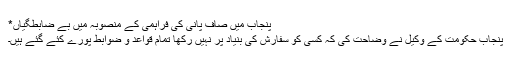
پنجاب میں صاف پانی کی فراہمی کے منصوبہ میں بے ضابطگیاں*
پنجاب حکومت کے وکیل نے وضاحت کی کہ کسی کو سفارش کی بنیاد پر نہیں رکھا تمام قواعد و ضوابط پورے کئے گئے ہیں۔